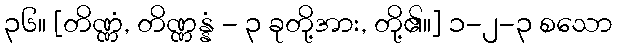
၃၆။ [တိဏ္ဏံ, တိဏ္ဏန္နံ - ၃ ခုတို့အား, တို့၏။] ၁-၂-၃ စသော